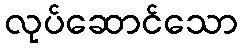
လုပ်ဆောင်သော